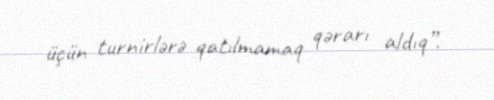
üçün turnirlərə qatılmamaq qərarı aldıq”.